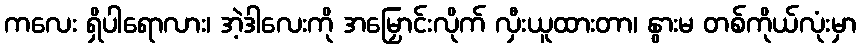
ကလေး ရှိပါရောလား၊ အဲ့ဒါလေးကို အမြှောင်းလိုက် လှီးယူထားတာ၊ နွားမ တစ်ကိုယ်လုံးမှာ